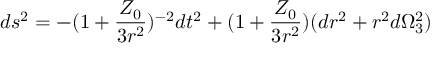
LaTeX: d s ^ { 2 } = - ( 1 + \frac { Z _ { 0 } } { 3 r ^ { 2 } } ) ^ { - 2 } d t ^ { 2 } + ( 1 + \frac { Z _ { 0 } } { 3 r ^ { 2 } } ) ( d r ^ { 2 } + r ^ { 2 } d \Omega _ { 3 } ^ { 2 } )